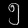
Digit: ၅